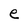
Character: e